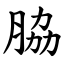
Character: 脇